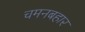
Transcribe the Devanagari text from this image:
चमनबहार